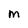
Character: M